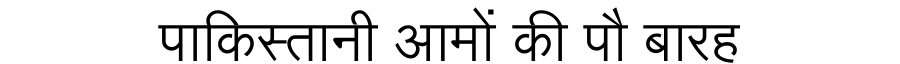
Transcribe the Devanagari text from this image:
पाकिस्तानी आमों की पौ बारह